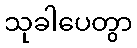
သုခါပေတွာ